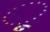
ૂ